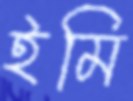
ইমি